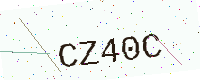
Text: CZ40C